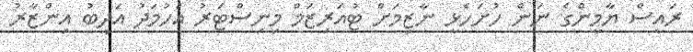
ރައީސް ޔާމީންގެ ނަން ހުށަހެޅީ ނާޒިމަށް ޓުއަރިޒަމް މިނިސްޓަރު އަހުމަދު އަދީބު އިންޒާރު